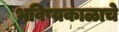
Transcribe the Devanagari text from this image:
भविष्यकाळाचे